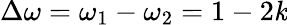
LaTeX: \Delta\omega=\omega_{1}-\omega_{2}=1-2\mathit{k}